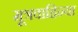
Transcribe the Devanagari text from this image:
मूत्रवाहिन्या